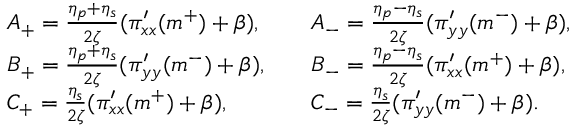
\begin{array} { r l r l } & { A _ { + } = \frac { \eta _ { p } + \eta _ { s } } { 2 \zeta } ( \pi _ { x x } ^ { \prime } ( m ^ { + } ) + \beta ) , } & & { A _ { - } = \frac { \eta _ { p } - \eta _ { s } } { 2 \zeta } ( \pi _ { y y } ^ { \prime } ( m ^ { - } ) + \beta ) , } \\ & { B _ { + } = \frac { \eta _ { p } + \eta _ { s } } { 2 \zeta } ( \pi _ { y y } ^ { \prime } ( m ^ { - } ) + \beta ) , } & & { B _ { - } = \frac { \eta _ { p } - \eta _ { s } } { 2 \zeta } ( \pi _ { x x } ^ { \prime } ( m ^ { + } ) + \beta ) , } \\ & { C _ { + } = \frac { \eta _ { s } } { 2 \zeta } ( \pi _ { x x } ^ { \prime } ( m ^ { + } ) + \beta ) , } & & { C _ { - } = \frac { \eta _ { s } } { 2 \zeta } ( \pi _ { y y } ^ { \prime } ( m ^ { - } ) + \beta ) . } \end{array}